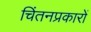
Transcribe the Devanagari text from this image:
चिंतनप्रकारों